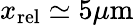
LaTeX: x_{\mathrm{rel}}\simeq 5\mu\mathrm{m}